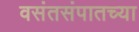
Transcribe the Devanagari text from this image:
वसंतसंपातच्या